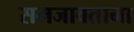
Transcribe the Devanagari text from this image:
समजावताना